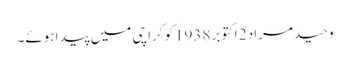
وحید مراد 2اکتوبر 1938کو کراچی میں پیدا ہوئے۔